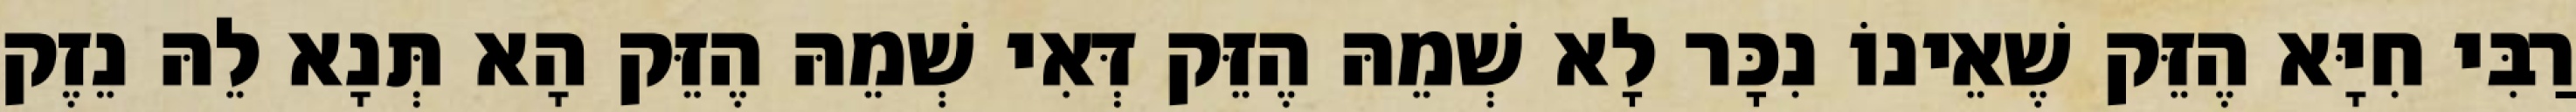
רַבִּי חִיָּא הֶזֵּק שֶׁאֵינוֹ נִכָּר לָא שְׁמֵהּ הֶזֵּק דְּאִי שְׁמֵהּ הֶזֵּק הָא תְּנָא לֵהּ נֵזֶק